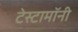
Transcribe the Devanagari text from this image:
टेस्टामॉनी